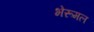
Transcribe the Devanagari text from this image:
भेरूमल